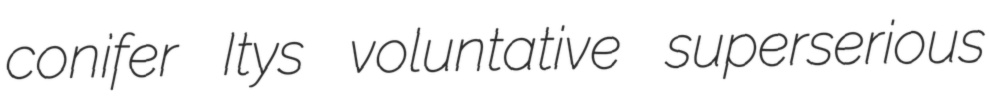
conifer Itys voluntative superserious